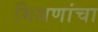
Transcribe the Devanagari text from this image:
मिश्रणांचा